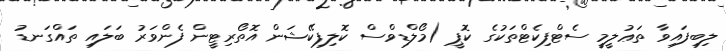
ލިބިފައިވާ ތަޢުލީމީ ސެޓްފިކެޓްތަކުގެ ކޮޕީ (މޯލްޑިވްސް ކޮލިފިކޭޝަން އޮތޯރިޓީން ފެންވަރު ބަލައި ތައްގަނޑު